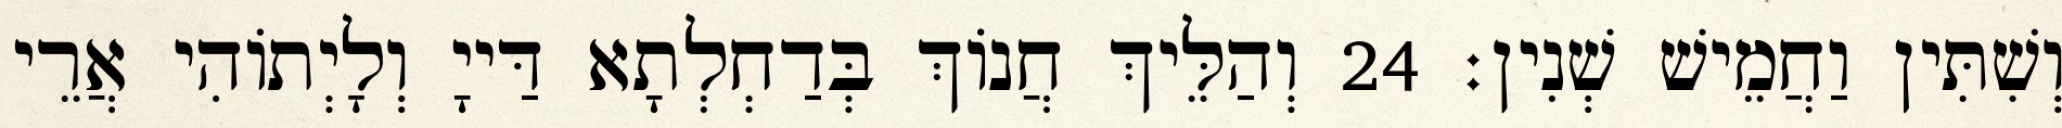
וְשִׁתִּין וַחֲמֵישׁ שְׁנִין׃ 24 וְהַלֵּיךְ חֲנוֹךְ בְּדַחְלְתָא דַּייָ וְלָיְתוֹהִי אֲרֵי